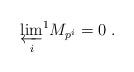
LaTeX: \begin{align*}\varprojlim_i\!^1 M_{p^i} = 0 \; .\end{align*}